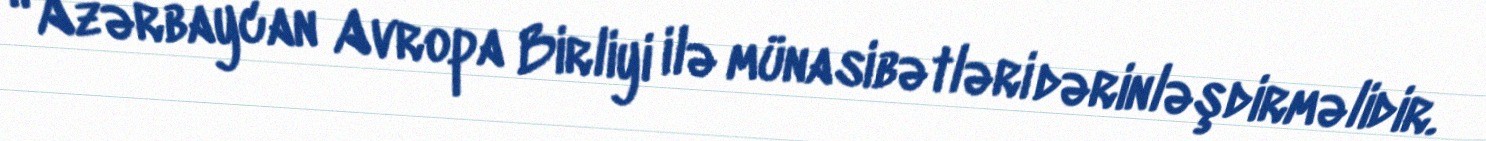
“Azərbaycan Avropa Birliyi ilə münasibətləri dərinləşdirməlidir.